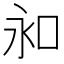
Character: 𠰦